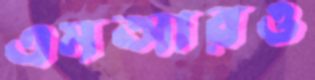
এমআরও